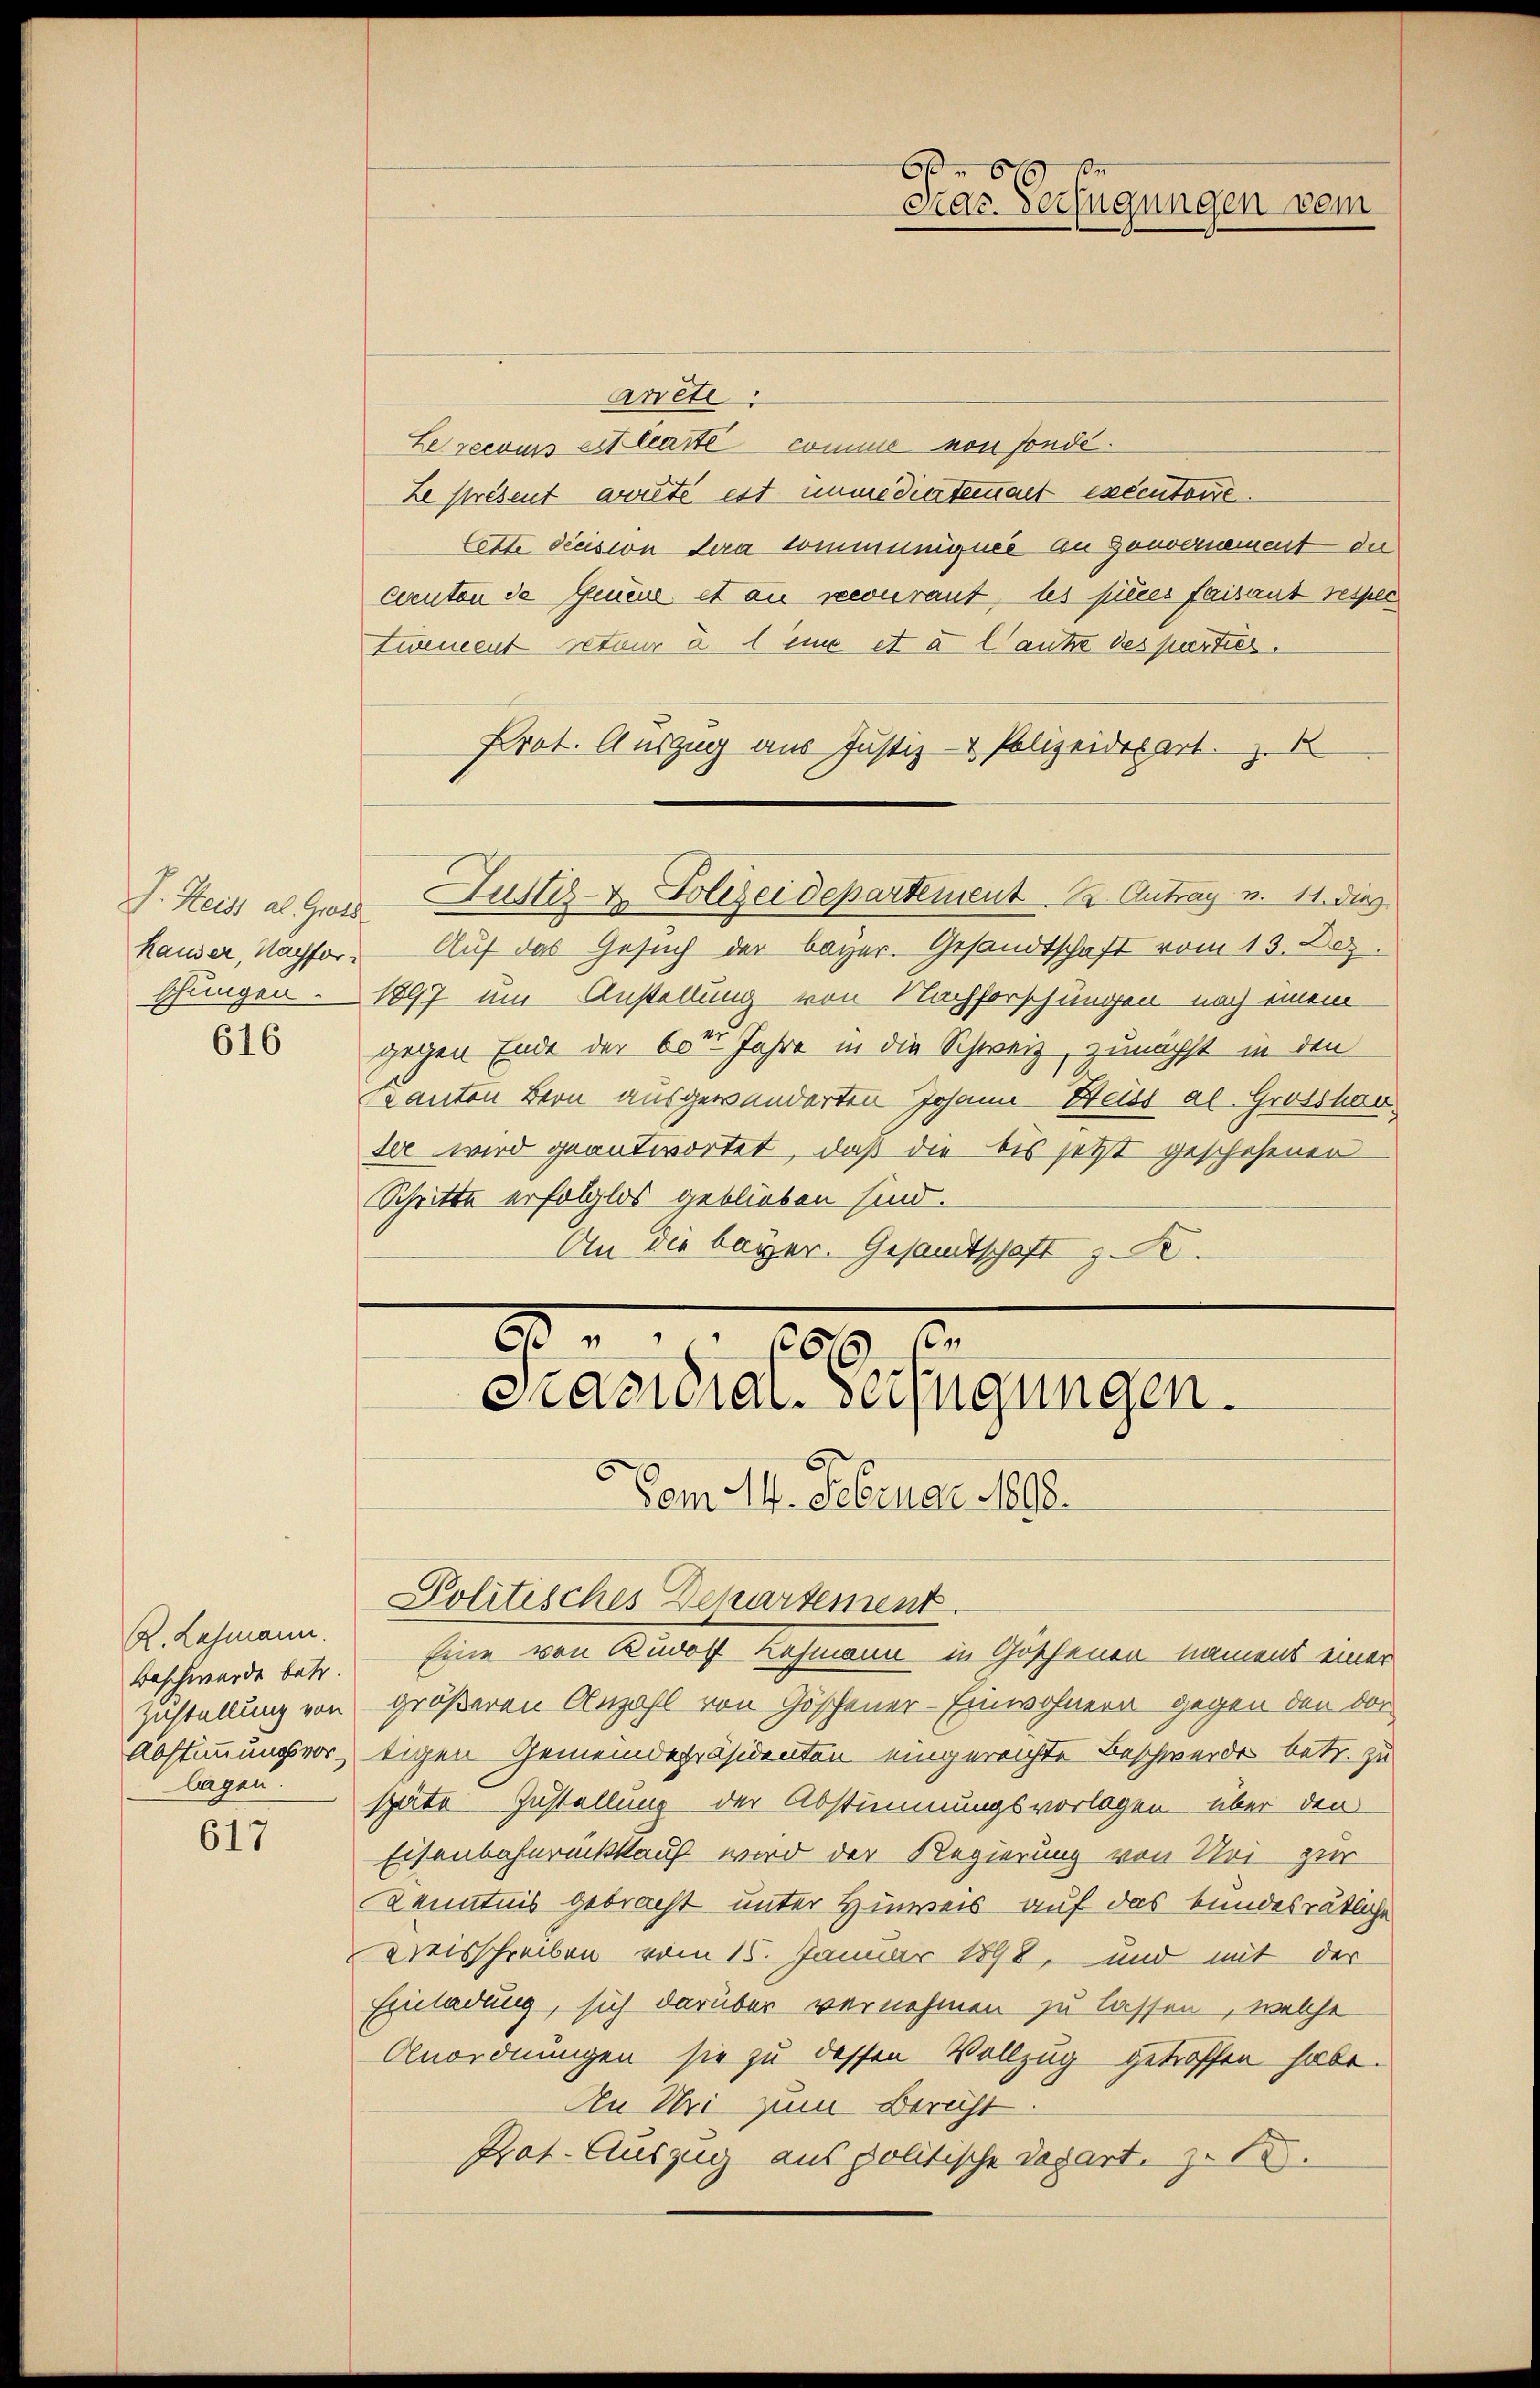
616

R. Lehmann.
Beschwerde betr.
Zustellung von
Abstimmungsvorbagen.

617

Arete
Le recours eitleaité comme von sonde.
Le présent arrêté est immediertement exécutoire.
tette decision dera communigner an Gouvernement der
canton de Genere et an recourant, les pres faisant respec
Zwencent retour a 1 eine et à l’autre des parties.
Prot. Auszug aus Justiz- & Polizeidepart. 1
F. Heiss al ges Justiz- & Polizeidepartement K. Antrag v. 11. dies
Hander, Nachfor. Auf das Gesuch der bayer. Gesandtschaft vom 13. Dez.
schungen - 1897 um Anstellung von Nachforschungen nach einem
gegen Ende der 60ten Jahre in die Schweiz, zunächst in den
Kanton Bern ausgewanderten Johann Heiss al. Grosshau
der wird geantwortet, daß die bis jetzt geschehenen
Schritte erfolglos geblieben sind.
An die bayer. Gesandtschaft z. B.

66
Mar. Verfügungen vom

r p. 100 f.
cnaquiar-Verfügungen.

Dem M. Februar 1882.
Politisches Departement
Eine von Rudolf Hofmann in Göschenen namens einer
größeren Anzahl von Göschener-Einwohnern gegen den dor
tigen Gemeindepräsidenten eingereichte Beschwerde betr. zu
späte Zustellung der Abstimmungsvorlagen über den
Eisenbahnrückkauf wird der Regierung von Uri zur
Kenntnis gebracht unter Hinweis auf das bundesrätliche
Kreisschreiben vom 15. Januar 1898, und mit der
Einladung, sich darüber vernehmen zu lassen, welche
Anordnungen sie zu dessen Vollzug getroffen habe.
An Uri zum Bericht.
Prat. Auszug aus politische Depart. z. B.